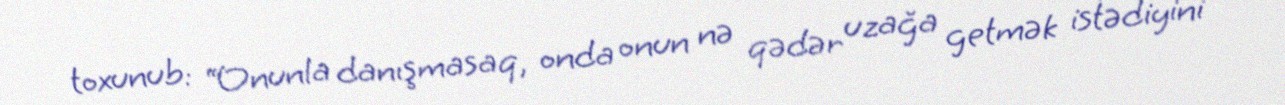
toxunub: “Onunla danışmasaq, onda onun nə qədər uzağa getmək istədiyini